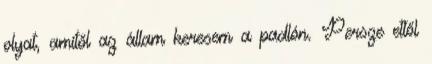
olyat, amitől az állam keresem a padlón. Persze ettől